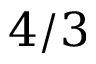
4 / 3